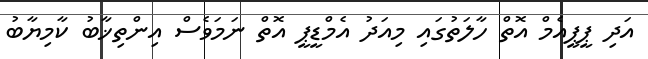
އަދި ޕީޕީއެމް އޮތް ހާލަތުގައި މިއަދު އެމްޑީޕީ އޮތް ނަމަވެސް އިންތިޚާބު ކާމިޔާބު